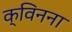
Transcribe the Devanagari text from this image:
क्विनना